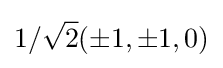
1/{\sqrt {2}}(\pm 1,\pm 1,0)